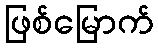
ဖြစ်မြောက်